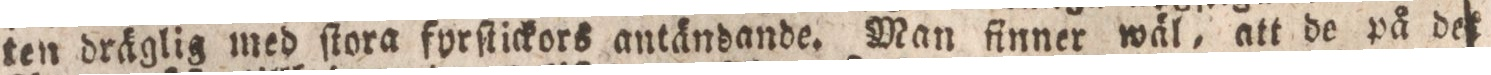
ten dräglig med ſtora fyrſtickors antändande. Man finner wäl, att de på det